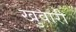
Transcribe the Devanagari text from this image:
खुवारी